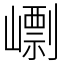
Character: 㠒